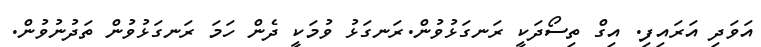
އަވަދި އަރައިފި. އިގް ތިސޯދަކީ ރަނގަޅުވުން.ރަނގަޅު ވުމަކީ ދެން ހަމަ ރަނގަޅުވުން ތަދުނުވުން.